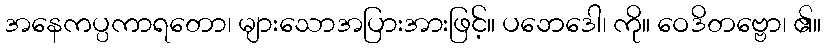
အနေကပ္ပကာရတော၊ များသောအပြားအားဖြင့်။ ပဘေဒေါ၊ ကို။ ဝေဒိတဗ္ဗော၊ ၏။